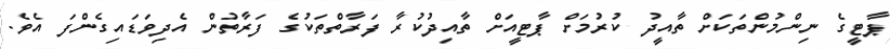
ޕާޓީގެ ނިންމުންތަކަށް ތާއީދު ކުރުމަށް ޕާޓީއަށް ތާއިދުކުރާ ފަރާތްތަކުގެ ފަރާތުން އެދިވަޑައިގެންފަ އެވެ.